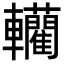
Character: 轥